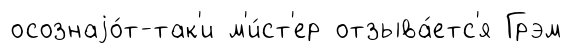
осознаjо́т-так'и м'и́ст'ер отзыва́етс'я Грэм